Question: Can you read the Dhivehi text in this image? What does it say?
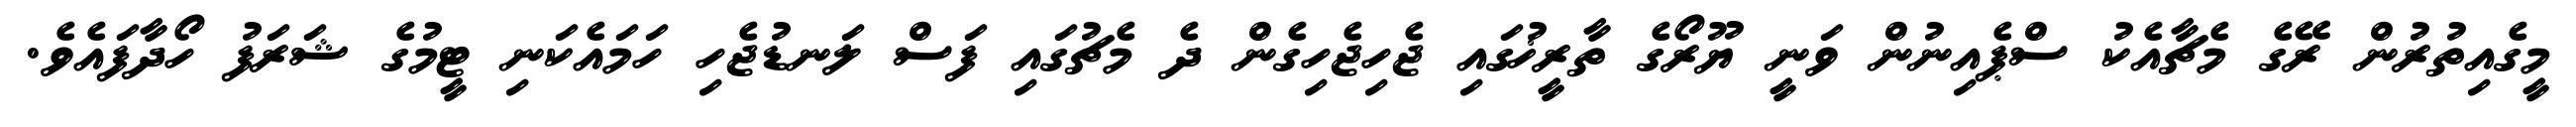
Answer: މީގެއިތުރުން ރޭގެ މެޗާއެކު ސްޕެއިނުން ވަނީ ޔޫރޯގެ ތާރީޚުގައި ޖެހިޖެހިގެން ދެ މެޗުގައި ފަސް ލަނޑުޖެހި ހަމައެކަނި ޓީމުގެ ޝަރަފު ހޯދާފައެވެ.